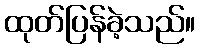
ထုတ်ပြန်ခဲ့သည်။